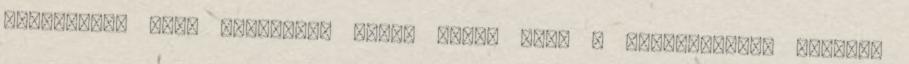
esélytelen volt eljutnom, annyi ember volt a standjuknál. Úgyhogy